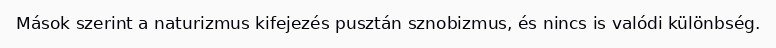
Mások szerint a naturizmus kifejezés pusztán sznobizmus, és nincs is valódi különbség.